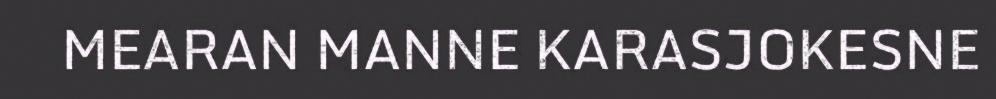
MEARAN MANNE KARASJOKESNE